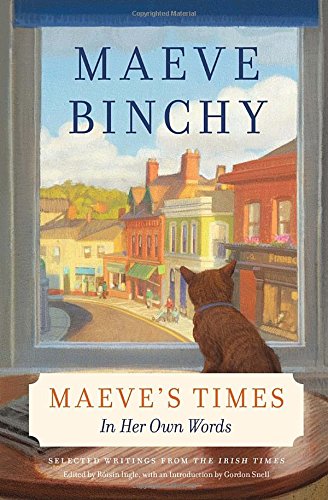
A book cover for Maeve's Times: In Her Own Words; Maeve Binchy; Literature & Fiction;